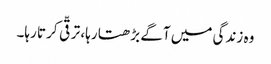
وہ زندگی میں آگے بڑھتا رہا، ترقّی کرتا رہا۔